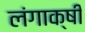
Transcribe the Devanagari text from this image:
लंगाक्षी